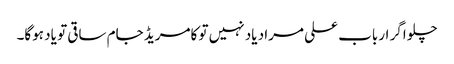
چلو اگر ارباب علی مراد یاد نہیں تو کامریڈ جام ساقی تو یاد ہوگا۔